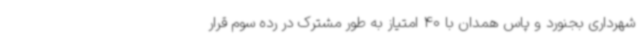
شهرداری بجنورد و پاس همدان با 40 امتیاز به طور مشترک در رده سوم قرار